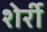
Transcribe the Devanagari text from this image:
शेर्री